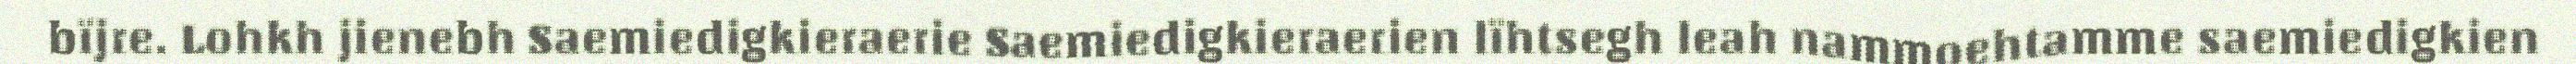
bïjre. Lohkh jienebh Saemiedigkieraerie Saemiedigkieraerien lïhtsegh leah nammoehtamme saemiedigkien